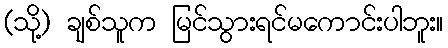
(သို့) ချစ်သူက မြင်သွားရင်မကောင်းပါဘူး။